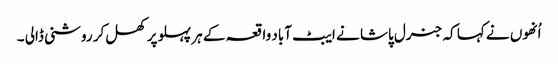
اُنھوں نے کہا کہ جنرل پاشا نے ایبٹ آباد واقعہ کے ہر پہلو پر کھل کر روشنی ڈالی ۔